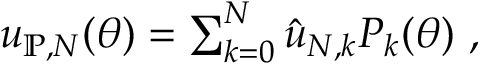
\begin{array} { r } { u _ { \mathbb { P } , N } \mathopen { } \mathclose \bgroup \left( \theta \aftergroup \egroup \right) = \sum _ { k = 0 } ^ { N } \hat { u } _ { N , k } P _ { k } \mathopen { } \mathclose \bgroup \left( \theta \aftergroup \egroup \right) ~ , } \end{array}